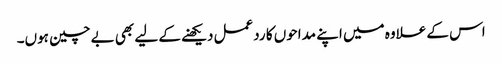
اس کے علاوہ میں اپنے مداحوں کا ردعمل دیکھنے کے لیے بھی بے چین ہوں۔